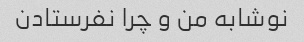
نوشابه من و چرا نفرستادن